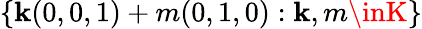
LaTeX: \{ \mathbf{k}(0,0,1)+m(0,1,0):\mathbf{k},m\inK\}